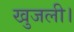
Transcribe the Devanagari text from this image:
खुजली।